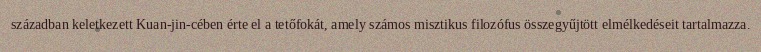
században keletkezett Kuan-jin-cében érte el a tetőfokát, amely számos misztikus filozófus összegyűjtött elmélkedéseit tartalmazza.